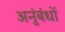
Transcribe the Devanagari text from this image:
अनुंबंधों